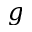
g